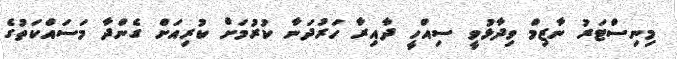
މިނިސްޓަރު ނާޒިމް ވިދާޅުވީ ސިއްހީ ދާއިރާ ހަރުދަނާ ކުރުމަށް ކުރިއަަށް ގެންދާ މަސައްކަތުގެ